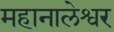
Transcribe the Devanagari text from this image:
महानालेश्वर